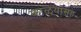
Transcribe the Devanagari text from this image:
काळ्यासह